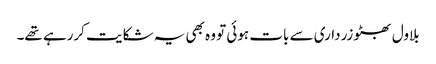
بلاول بھٹو زرداری سے بات ہوئی تو وہ بھی یہ شکایت کررہے تھے۔